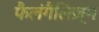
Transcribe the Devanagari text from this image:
फैलंगैलिज़्म